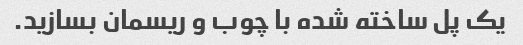
یک پل ساخته شده با چوب و ریسمان بسازید.